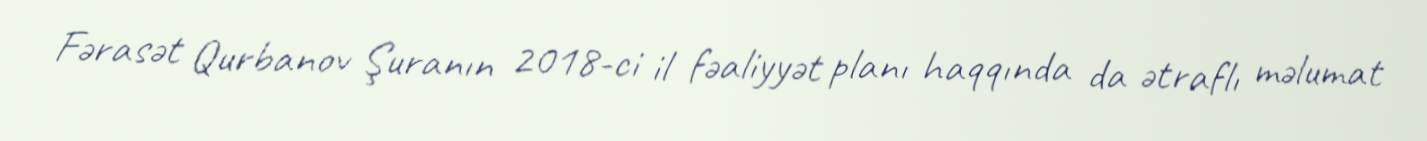
Fərasət Qurbanov Şuranın 2018-ci il fəaliyyət planı haqqında da ətraflı məlumat